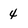
Character: 4